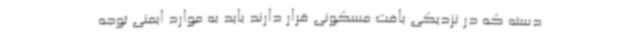
دسته که در نزدیکی بافت مسکونی قرار دارند باید به موارد ایمنی توجه